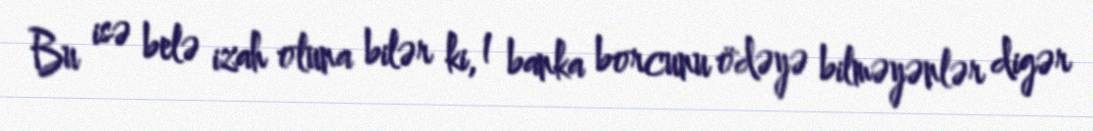
Bu isə belə izah oluna bilər ki, 1 banka borcunu ödəyə bilməyənlər digər